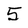
Character: 5